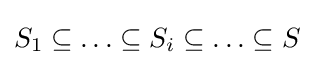
S_{1}\subseteq \ldots \subseteq S_{i}\subseteq \ldots \subseteq S